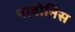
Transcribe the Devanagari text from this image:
पावोनिस